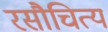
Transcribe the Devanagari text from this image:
रसौचित्य